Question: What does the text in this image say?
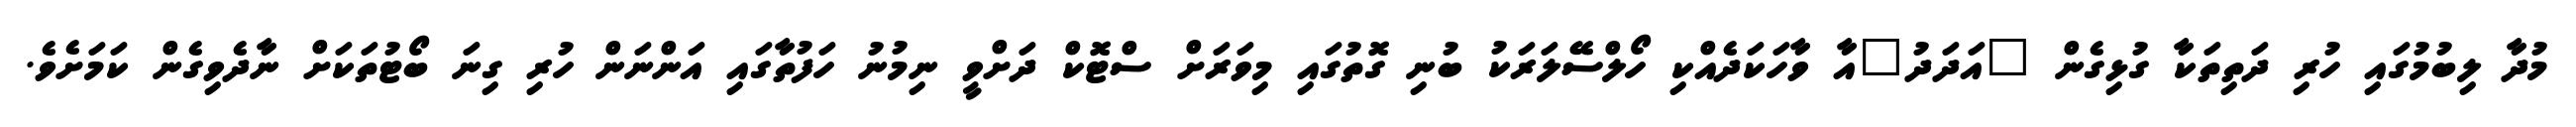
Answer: މުދާ ލިބުމުގައި ހުރި ދަތިތަކާ ގުޅިގެން "އަދަދު"އާ ވާހަކަދެއްކި ހޯލްސޭލަރަކު ބުނި ގޮތުގައި މިވަރަށް ސްޓޮކް ދަށްވީ ނިމުނު ހަފުތާގައި އަންނަން ހުރި ގިނަ ބޯޓުތަކަށް ނާދެވިގެން ކަމަށެވެ.